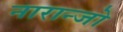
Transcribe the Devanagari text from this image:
नारान्जो